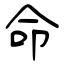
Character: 命